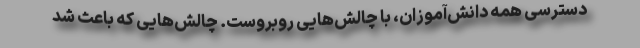
دسترسی همه دانش‌آموزان، با چالش‌هایی روبروست. چالش‌هایی که باعث شد